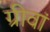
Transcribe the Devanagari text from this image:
ग्रीवां